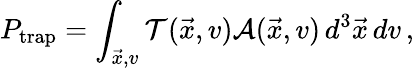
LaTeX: P_{\mathrm{trap}}=\int_{\vec{x},v}\mathcal{T}(\vec{x},v)\mathcal{A}(\vec{x},v)\, d^{3}\vec{x}\, dv\, ,